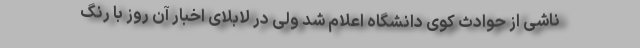
ناشی از حوادث کوی دانشگاه اعلام شد ولی در لابلای اخبار آن روز با رنگ